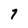
Character: 7